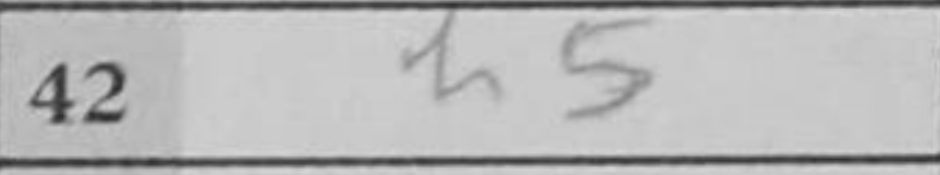
Transcription: h5